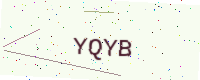
Text: YQYB